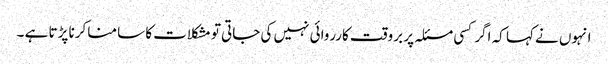
انہوں نے کہا کہ اگر کسی مسئلہ پر بروقت کارروائی نہیں کی جاتی تو مشکلات کا سامنا کرنا پڑتا ہے ۔